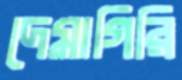
দেমাগিরি